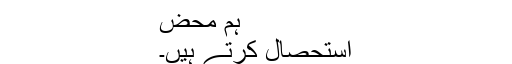
ہم محض
استحصال کرتے ہیں۔